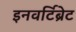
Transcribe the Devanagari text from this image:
इनवर्टिब्रेट